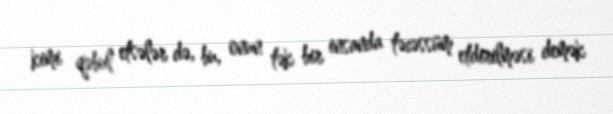
kimi qəbul etsələr də, bu, onun tək bir insanda təcəssüm etdirilməsi demək